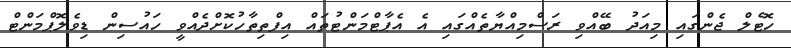
ހޮޓެލް ޖެންގައި މިއަދު ބޭއްވި ރަސްމިއްޔާތެއްގައި އެ އެޕާޓްމަންޓުތައް އިފްތިތާހުކޮށްދެއްވީ ހައުސިން ޑިވެލޮޕްމަންޓް